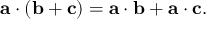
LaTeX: \mathbf { a } \cdot ( \mathbf { b } + \mathbf { c } ) = \mathbf { a } \cdot \mathbf { b } + \mathbf { a } \cdot \mathbf { c } .